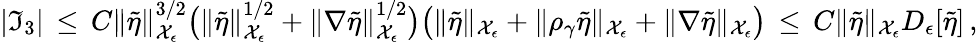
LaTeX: |\mathfrak{I}_{3}|\, \le\, C\| \tilde{{\eta}}\| _{\mathcal{{X}}_{\epsilon}}^{3/2}\bigl(\| \tilde{{\eta}}\| _{\mathcal{{X}}_{\epsilon}}^{1/2}+\| \nabla\tilde{{\eta}}\| _{\mathcal{{X}}_{\epsilon}}^{1/2}\bigr)\bigl(\| \tilde{{\eta}}\| _{\mathcal{{X}}_{\epsilon}}+\| \rho_{\gamma}\tilde{{\eta}}\| _{\mathcal{{X}}_{\epsilon}}+\| \nabla\tilde{{\eta}}\| _{\mathcal{{X}}_{\epsilon}}\bigr)\, \le\, C\| \tilde{{\eta}}\| _{\mathcal{{X}}_{\epsilon}}D_{\epsilon}[\tilde{{\eta}}]\, ,